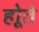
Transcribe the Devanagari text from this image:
होूते